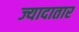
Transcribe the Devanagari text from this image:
ज्यादातार